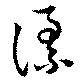
謀